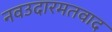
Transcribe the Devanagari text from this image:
नवउदारमतवाद